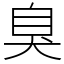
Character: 臭